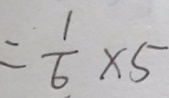
= \frac { 1 } { 6 } \times 5